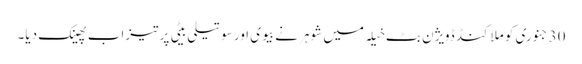
30 جنوری کو ملاکنڈ ڈویژن بٹ خیلہ میں شوہر نے بیوی اور سوتیلی بیٹی پر تیزاب پھینک دیا۔